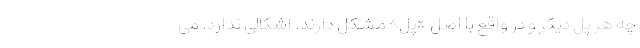
چه هر پُل دیگر و در واقع با اصل «پُل» مشکل دارند. اشکالی ندارد. می